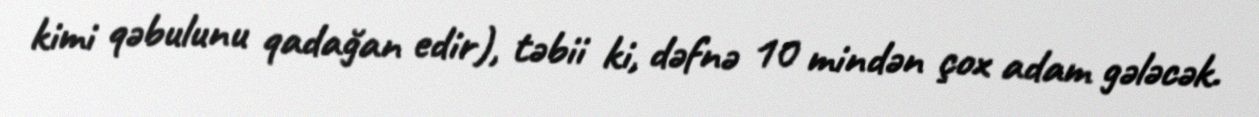
kimi qəbulunu qadağan edir), təbii ki, dəfnə 10 mindən çox adam gələcək.